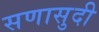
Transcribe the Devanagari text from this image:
सणासुदी